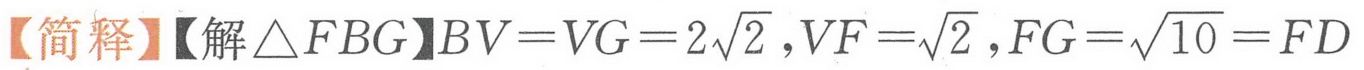
【简释】【解$\triangle FBG$】$BV = VG = 2\sqrt{2}，VF = \sqrt{2}，FG = \sqrt{10} = FD$